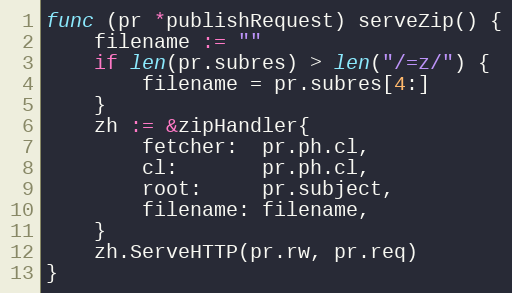
Language: Go
func (pr *publishRequest) serveZip() {
	filename := ""
	if len(pr.subres) > len("/=z/") {
		filename = pr.subres[4:]
	}
	zh := &zipHandler{
		fetcher:  pr.ph.cl,
		cl:       pr.ph.cl,
		root:     pr.subject,
		filename: filename,
	}
	zh.ServeHTTP(pr.rw, pr.req)
}